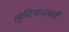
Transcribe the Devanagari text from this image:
लुधियानामार्गे